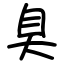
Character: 臭